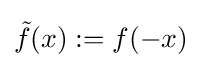
{\tilde {f}}(x):=f(-x)